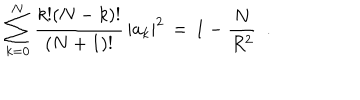
LaTeX: \sum _ { k = 0 } ^ { N } \frac { k ! ( N - k ) ! } { ( N + 1 ) ! } \, | a _ { k } | ^ { 2 } \, = \, 1 - \frac { N } { R ^ { 2 } } \ \ .